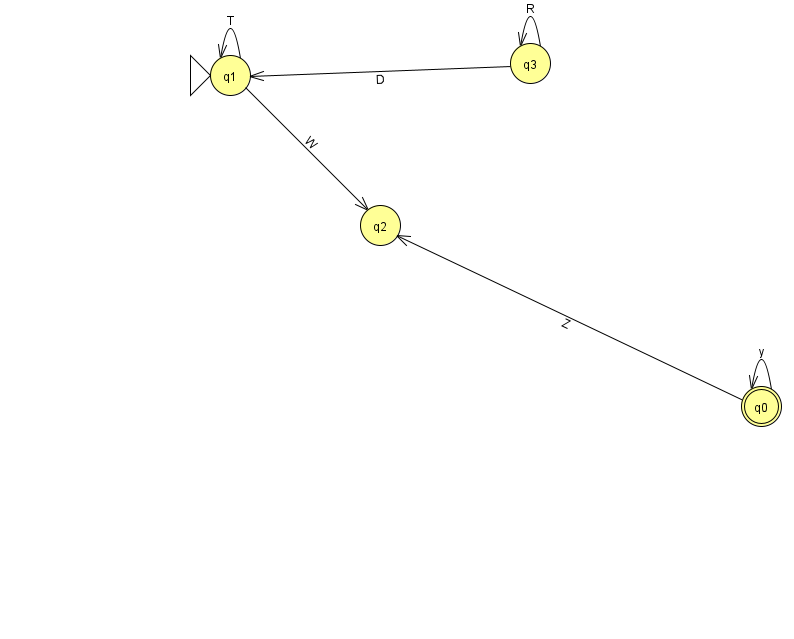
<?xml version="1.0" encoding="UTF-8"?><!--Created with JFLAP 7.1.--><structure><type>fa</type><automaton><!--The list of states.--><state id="0" name="q0"><x>761.0</x><y>393.0</y><final/></state><state id="1" name="q1"><x>230.0</x><y>62.0</y><initial/></state><state id="2" name="q2"><x>380.0</x><y>212.0</y></state><state id="3" name="q3"><x>530.0</x><y>50.0</y></state><!--The list of transitions.--><transition><from>3</from><to>3</to><read>R</read></transition><transition><from>1</from><to>2</to><read>W</read></transition><transition><from>1</from><to>1</to><read>T</read></transition><transition><from>3</from><to>1</to><read>D</read></transition><transition><from>0</from><to>0</to><read>y</read></transition><transition><from>0</from><to>2</to><read>Z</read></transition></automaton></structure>